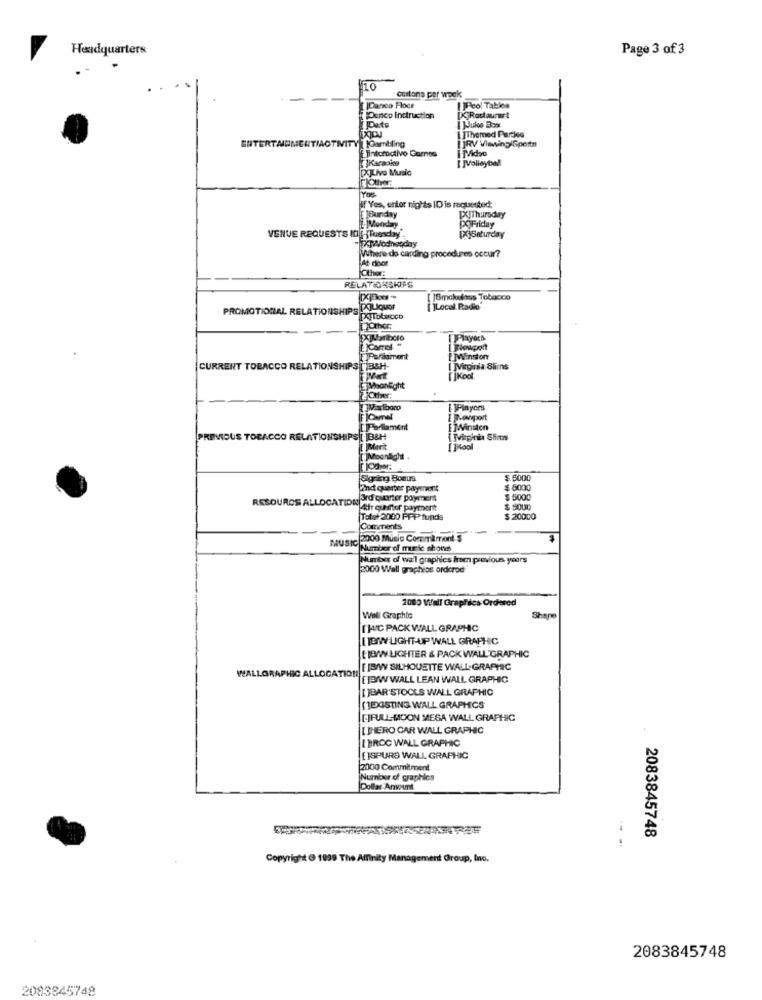
Headquarters
Page 3 of 3
10
custona per week
[ IDance Floce
Penco Inctruction
[ ]Pool Tables
Dets
Rosaunut
IFThemed Parties
ACTIVITY Gambling
IRV Viewing Sports
ENTERTAINM
K ]Karaoke
[ ]Volleybal
[X]Live Music
Other
Yes
Hif Yes, enter nights ID is requested
PUThursday
[X]Friday
Monday
VENUE REQUESTS ID[-]Tuesday
XpWodneąday
PSSaturday
Where do carding procedures occur?
at door.
Other:
RELATIONSHIPS
[ ]Smakudass Tobacco
PROMOTIONAL RELATIONSHIPS
[ ]Local Padi'
PXTotecco
-
Other
EXIMarlboro
Players
F)Paramant
[ ]Winston
CURRENT TOBACCO RELATIONSHIPS [ B&H-
I ]Virginia Shins
Mart
[]Kool
MoonEight
2'Other:
Valboro
[ ]Pinyors
I Plowport
Parlament
EMWinston
KENVIOUS TOBACCO RELAT
HIPS [B&H
Moonlight
Sgring Bonus
$6000
2nd quarter payment
$ 6000
RESOURCE ALLOCATIONLA
3rd quarter payment
$ 5000
CATION At quarter payment
$ 5000
Tolof 2000 PPP funds
$ 20000
-
Comments
2000 Music Commamont-$
MUSIC Number of music shons
Number of wall graphics from previous years
2000 Wall graphics ordcrod
2000 Vall Graphics Ordered
Well Graphic
Shape
I WC PACK WALL GRAPHIC
[ TEMW LIGHT-UP WALL GRAPHIC
HOW LIGHTER & PACK WALL GRAPHIC
WALLGRAPHIC ALLOCATION
[ ]BY SILHOUETTE WALL. GRAPHIC
EWWALL LEAN WALL GRAPHIC
[ ]BAR STOOLS WALL GRAPHIC
[]EGSTING WALL GRAPHICS
FIFULL-MOON MESA WALL GRAPHIC
[ THERO CAR WALL GRAPHIC
.
[ BROC WALL GRAPHIC
[]SPURS WALL GRAPHIC
2000 Commitment
Number of graphics
Dollar Amount
2083845748
Copyright @ 1939 The Affinity Management Group, Ino.
2083845748
2083845748